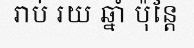
រាប់ រយ ឆ្នាំ ប៉ុន្តែ